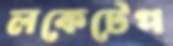
লকেটেপ